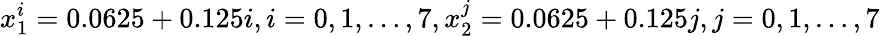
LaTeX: x_{1}^{i}=0.0625+0.125i,i=0,1,\ldots,7,x_{2}^{j}=0.0625+0.125j,j=0,1,\ldots,7